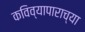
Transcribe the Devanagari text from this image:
कविव्यापाराच्या